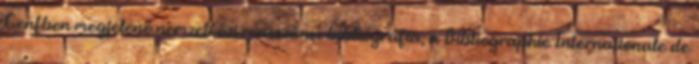
Genfben megjelenő nemzetközi reneszánsz bibliográfia, a Bibliographie Internationale de